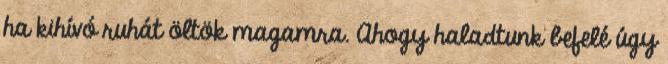
ha kihívó ruhát öltök magamra. Ahogy haladtunk befelé úgy